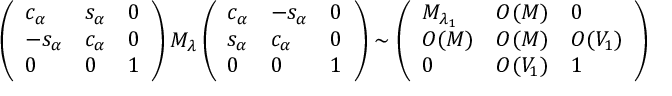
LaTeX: \left( \begin{array} { l l l } { { c _ { \alpha } } } & { { s _ { \alpha } } } & { { 0 } } \\ { { - s _ { \alpha } } } & { { c _ { \alpha } } } & { { 0 } } \\ { { 0 } } & { { 0 } } & { { 1 } } \end{array} \right) M _ { \lambda } \left( \begin{array} { l l l } { { c _ { \alpha } } } & { { - s _ { \alpha } } } & { { 0 } } \\ { { s _ { \alpha } } } & { { c _ { \alpha } } } & { { 0 } } \\ { { 0 } } & { { 0 } } & { { 1 } } \end{array} \right) \sim \left( \begin{array} { l l l } { { M _ { \lambda _ { 1 } } } } & { { { \cal O } ( M ) } } & { { 0 } } \\ { { { \cal O } ( M ) } } & { { { \cal O } ( M ) } } & { { { \cal O } ( V _ { 1 } ) } } \\ { { 0 } } & { { { \cal O } ( V _ { 1 } ) } } & { { 1 } } \end{array} \right)